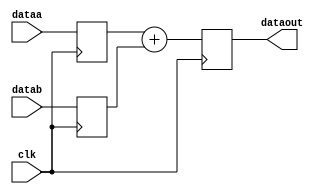
// SINGLE OPERATOR SHARING TEMPLATE MODULE
// No sharing
// Registers on inputs / outputs

module top
#(parameter WIDTH=32)
(
  input [WIDTH-1:0] dataa,
  input [WIDTH-1:0] datab,
  input clk,
  output reg [WIDTH-1:0] dataout // WIDTH*2 for multiply
);
  reg [WIDTH-1:0] dataa_reg;
  reg [WIDTH-1:0] datab_reg;

  always @ (posedge clk)
  begin
    dataa_reg <= dataa;
    datab_reg <= datab;
    dataout <= dataa_reg + datab_reg; // select operation here
  end
endmodule